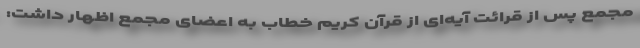
مجمع پس از قرائت آیه‌ای از قرآن کریم خطاب به اعضای مجمع اظهار داشت: